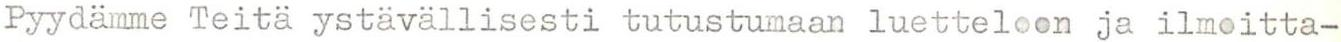
Pyydämme Teitä ystävällisesti tutustumaan luetteloon ja ilmoitta-